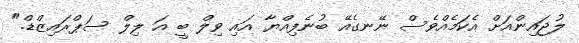
ލުޖައިންއަށް އެކަމެއްވެސް ނޭނގެއޭ ބުނެފިއްޔާ އައި ވިލް ބީ އަ ލިލް ސަޕްރައިޒްޑް."